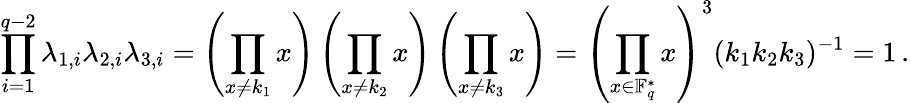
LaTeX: \prod_{i=1}^{q-2}\lambda_{1,i}\lambda_{2,i}\lambda_{3,i}=\left(\prod_{x\neq k_{1}}x\right)\left(\prod_{x\neq k_{2}}x\right)\left(\prod_{x\neq k_{3}}x\right)=\left(\prod_{x\in\mathbb{F}_{q}^{\ast}}x\right)^{3}(k_{1}k_{2}k_{3})^{-1}=1\, .